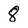
Character: 8